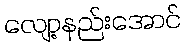
လျော့နည်းအောင်